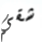
شقي